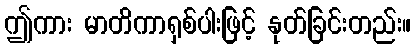
ဤကား မာတိကာရှစ်ပါးဖြင့် နုတ်ခြင်းတည်း။